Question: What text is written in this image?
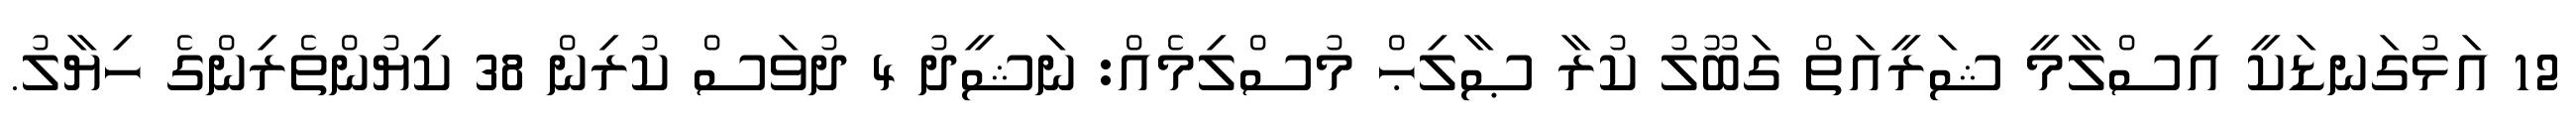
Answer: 12 އަޅުގަނޑަކީ އިސްލާމީ ޝަރީއަތް ގަބޫލު ކުރާ ޞާލިޙް މުސްލިމެއް: ނަޝީދު 4 ދުވަސް ކުރިން 38 ކިޔުންތެރިންގެ ހިޔާލު.